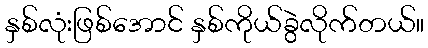
နှစ်လုံးဖြစ်အောင် နှစ်ကိုယ်ခွဲလိုက်တယ်။